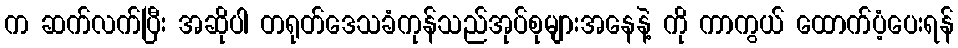
က ဆက်လက်ပြီး အဆိုပါ တရုတ်ဒေသခံကုန်သည်အုပ်စုများအနေနဲ့ ကို ကာကွယ် ထောက်ပံ့ပေးရန်